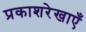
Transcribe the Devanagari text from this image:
प्रकाशरेखाएँ